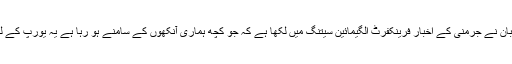
ہنگری کے وزیر اعظم ویکٹر اوبان نے جرمنی کے اخبار فرینکفرٹ الگیمائین سیتنگ میں لکھا ہے کہ جو کچھ ہماری آنکھوں کے سامنے ہو رہا ہے یہ یورپ کے لیے خطرناک نتائج کا باعث ہے۔